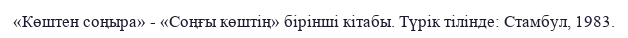
«Көштен соңыра» - «Соңғы көштің» бірінші кітабы. Түрік тілінде: Стамбул, 1983.